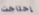
إحتاجت